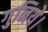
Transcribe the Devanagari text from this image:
गुनिये।